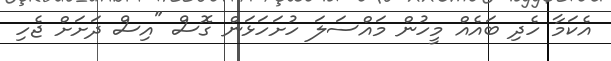
އެކަމާ ހެދި ބައެއް މީހުން މައްސަލަ ހުށަހަޅަން ގޮސް "އިސް ދަށަށް ޖެހި